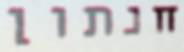
חנתון